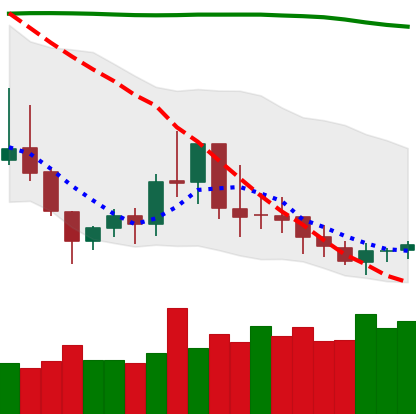
Ticker: DOGE-USD
Chart end date: 2019-09-14
Forward return: 10.979%
Label: up_7plus